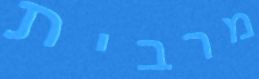
מרבית